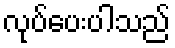
လုပ်ပေးပါသည်